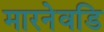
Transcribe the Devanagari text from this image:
मारनेवडि